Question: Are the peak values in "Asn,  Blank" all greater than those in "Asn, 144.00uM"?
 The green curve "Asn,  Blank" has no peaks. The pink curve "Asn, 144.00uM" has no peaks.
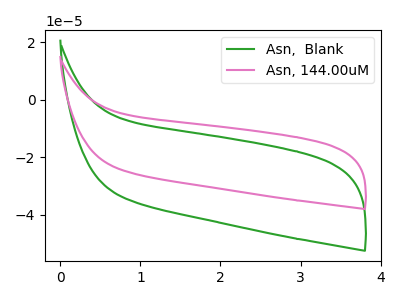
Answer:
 <answer>Niether CV has any peaks.</answer>
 <eval>blanks</eval>